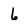
Character: 6